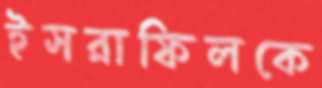
ইসরাফিলকে